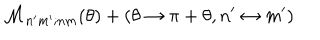
LaTeX: { \cal M } _ { n ^ { \prime } m ^ { \prime } ; n m } ( \theta ) + ( \theta \rightarrow \pi + \theta , n ^ { \prime } \leftrightarrow m ^ { \prime } )